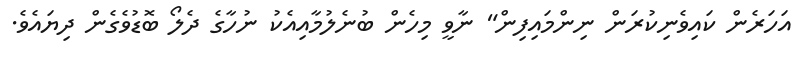
އަހަރެން ކައިވެނިކުރަން ނިންމައިފިން" ނާވީ މިހެން ބުނެލުމާއިއެކު ނުހާގެ ދެލޯ ބޮޑުވެގެން ދިޔައެވެ.